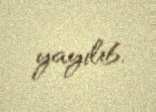
yayılıb.